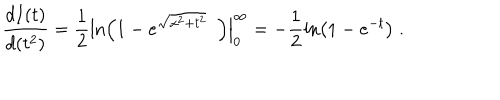
\frac { d I ( t ) } { d ( t ^ { 2 } ) } = \frac { 1 } { 2 } \ln \left( 1 - e ^ { \sqrt { x ^ { 2 } + t ^ { 2 } } } ~ ~ \right) \Big | _ { 0 } ^ { \infty } = - \frac { 1 } { 2 } \ln \left( 1 - e ^ { - t } \right) \; . \nonumber